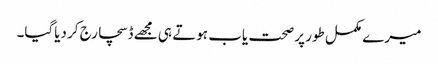
میرے مکمل طور پر صحت یاب ہوتے ہی مجھے ڈسچارج کر دیاگیا۔